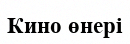
Кино өнері